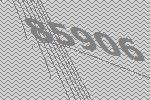
85906